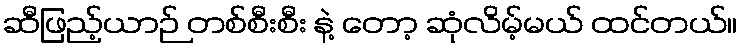
ဆီဖြည့်ယာဉ် တစ်စီးစီး နဲ့ တော့ ဆုံလိမ့်မယ် ထင်တယ်။